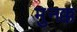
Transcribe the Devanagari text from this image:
मुनक्क